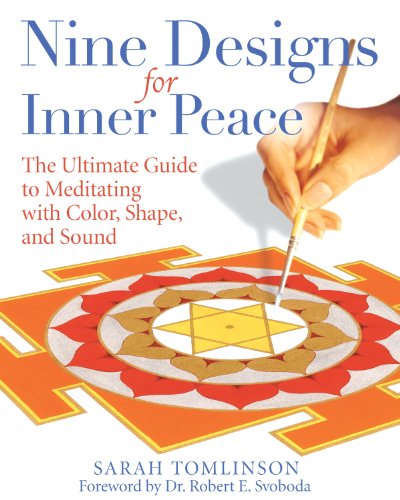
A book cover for Nine Designs for Inner Peace: The Ultimate Guide to Meditating with Color, Shape, and Sound; Sarah Tomlinson; Arts & Photography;